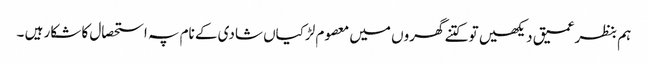
ہم بنظرعمیق دیکھیں تو کتنے گھروں میں معصوم لڑکیاں شادی کے نام پہ استحصال کا شکار ہیں ۔